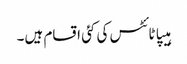
ہیپاٹائٹس کی کئی اقسام ہیں۔